Sleeping sickness
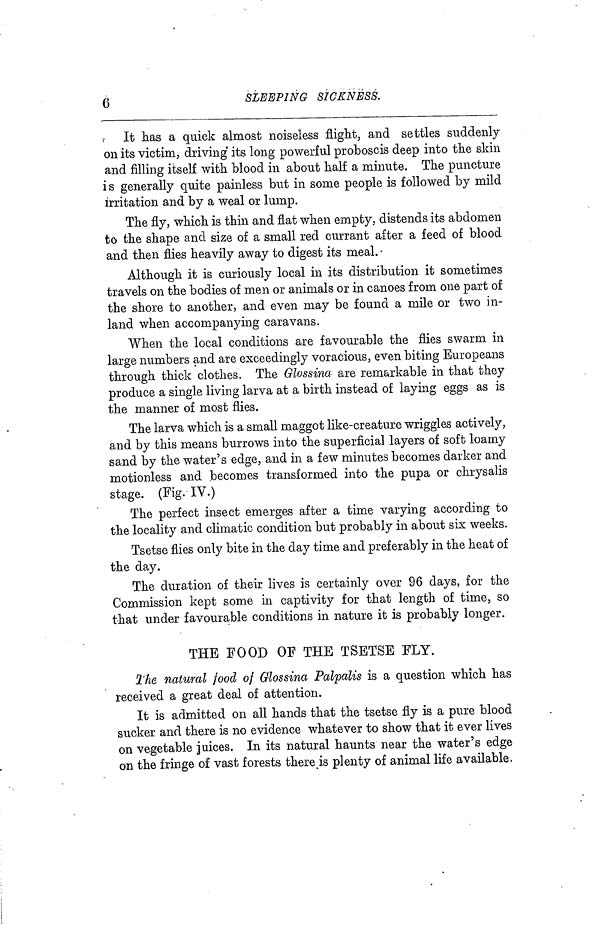
6
SLEEPING SICKNESS.
It has a quick almost noiseless flight, and settles suddenly
on its victim, driving its long powerful proboscis deep into the skin
and filling itself with blood in about half a minute. The puncture
is generally quite painless but in some people is followed by mild
irritation and by a weal or lump.
The fly, which is thin and flat when empty, distends its abdomen
to the shape and size of a small red currant after a feed of blood
and then flies heavily away to digest its meal.
Although it is curiously local in its distribution it sometimes
travels on the bodies of men or animals or in canoes from one part of
the shore to another, and even may be found a mile or two in-
land when accompanying caravans.
When the local conditions are favourable the flies swarm in
large numbers and are exceedingly voracious, even biting Europeans
through thick clothes. The Glossina· are remarkable in that they
produce a single living larva at a birth instead of laying eggs as is
the manner of most flies.
The larva which is a small maggot like-creature wriggles actively,
and by this means burrows into the superficial layers of soft loamy
sand by the water's edge, and in a few minutes becomes darker and
motionless and becomes transformed into the pupa or chrysalis
stage. (Fig. IV.)
The perfect insect emerges after a time varying according to
the locality and climatic condition but probably in about six weeks.
Tsetse flies only bite in the day time and preferably in the heat of
the day.
The duration of their lives is certainly over 96 days, for the
Commission kept some in captivity for that length of time, so
that under favourable conditions in nature it is probably longer.
THE FOOD OF THE TSETSE FLY.
The natural food of Glossina Palpalis is a question which has
received a great deal of attention.
It is admitted on all hands that the tsetse fly is a pure blood
sucker and there is no evidence whatever to show that it ever lives
on vegetable juices. In its natural haunts near the water's edge
on the fringe of vast forests there is plenty of animal life available.